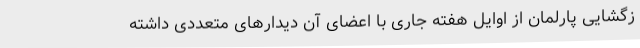
زگشایی پارلمان از اوایل هفته جاری با اعضای آن دیدارهای متعددی داشته